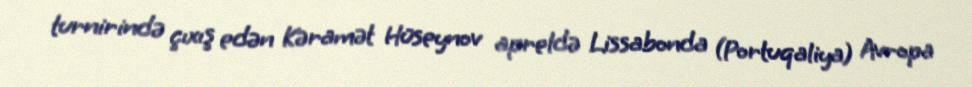
turnirində çıxış edən Kəramət Hüseynov apreldə Lissabonda (Portuqaliya) Avropa